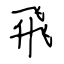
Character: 飛